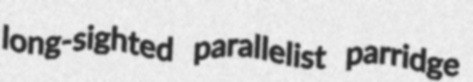
long-sighted parallelist parridge